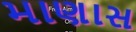
માણાસ